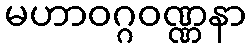
မဟာဝဂ္ဂဝဏ္ဏနာ